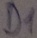
Text: D1